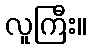
လူကြီး။